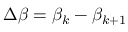
\Delta \beta = \beta _ { k } - \beta _ { k + 1 }